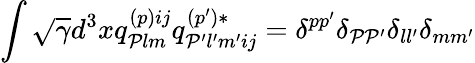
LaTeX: \int\sqrt{\gamma}d^{3}xq_{{\cal P}lm}^{(p)ij}q_{{\cal P}^{\prime}l^{\prime}m^{\prime}ij}^{(p^{\prime})*}=\delta^{pp^{\prime}}\delta_{{\cal P}{\cal P}^{\prime}}\delta_{ll^{\prime}}\delta_{mm^{\prime}}